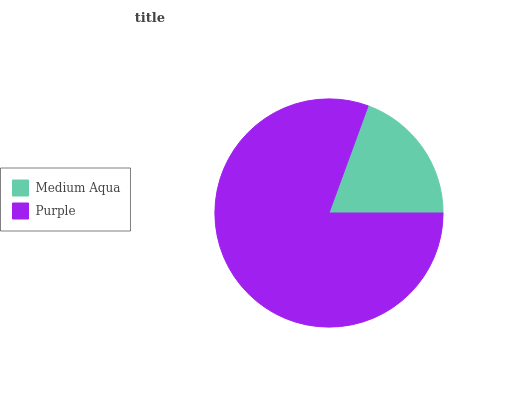
| Medium Aqua | Purple |
 | --- | --- |
 | 19.4% | 80.6% |